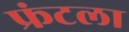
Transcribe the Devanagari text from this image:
फ्रंटला